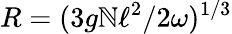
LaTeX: R=(3g\mathbb{N}\ell^{2}/2\omega)^{1/3}